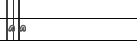
٥٦